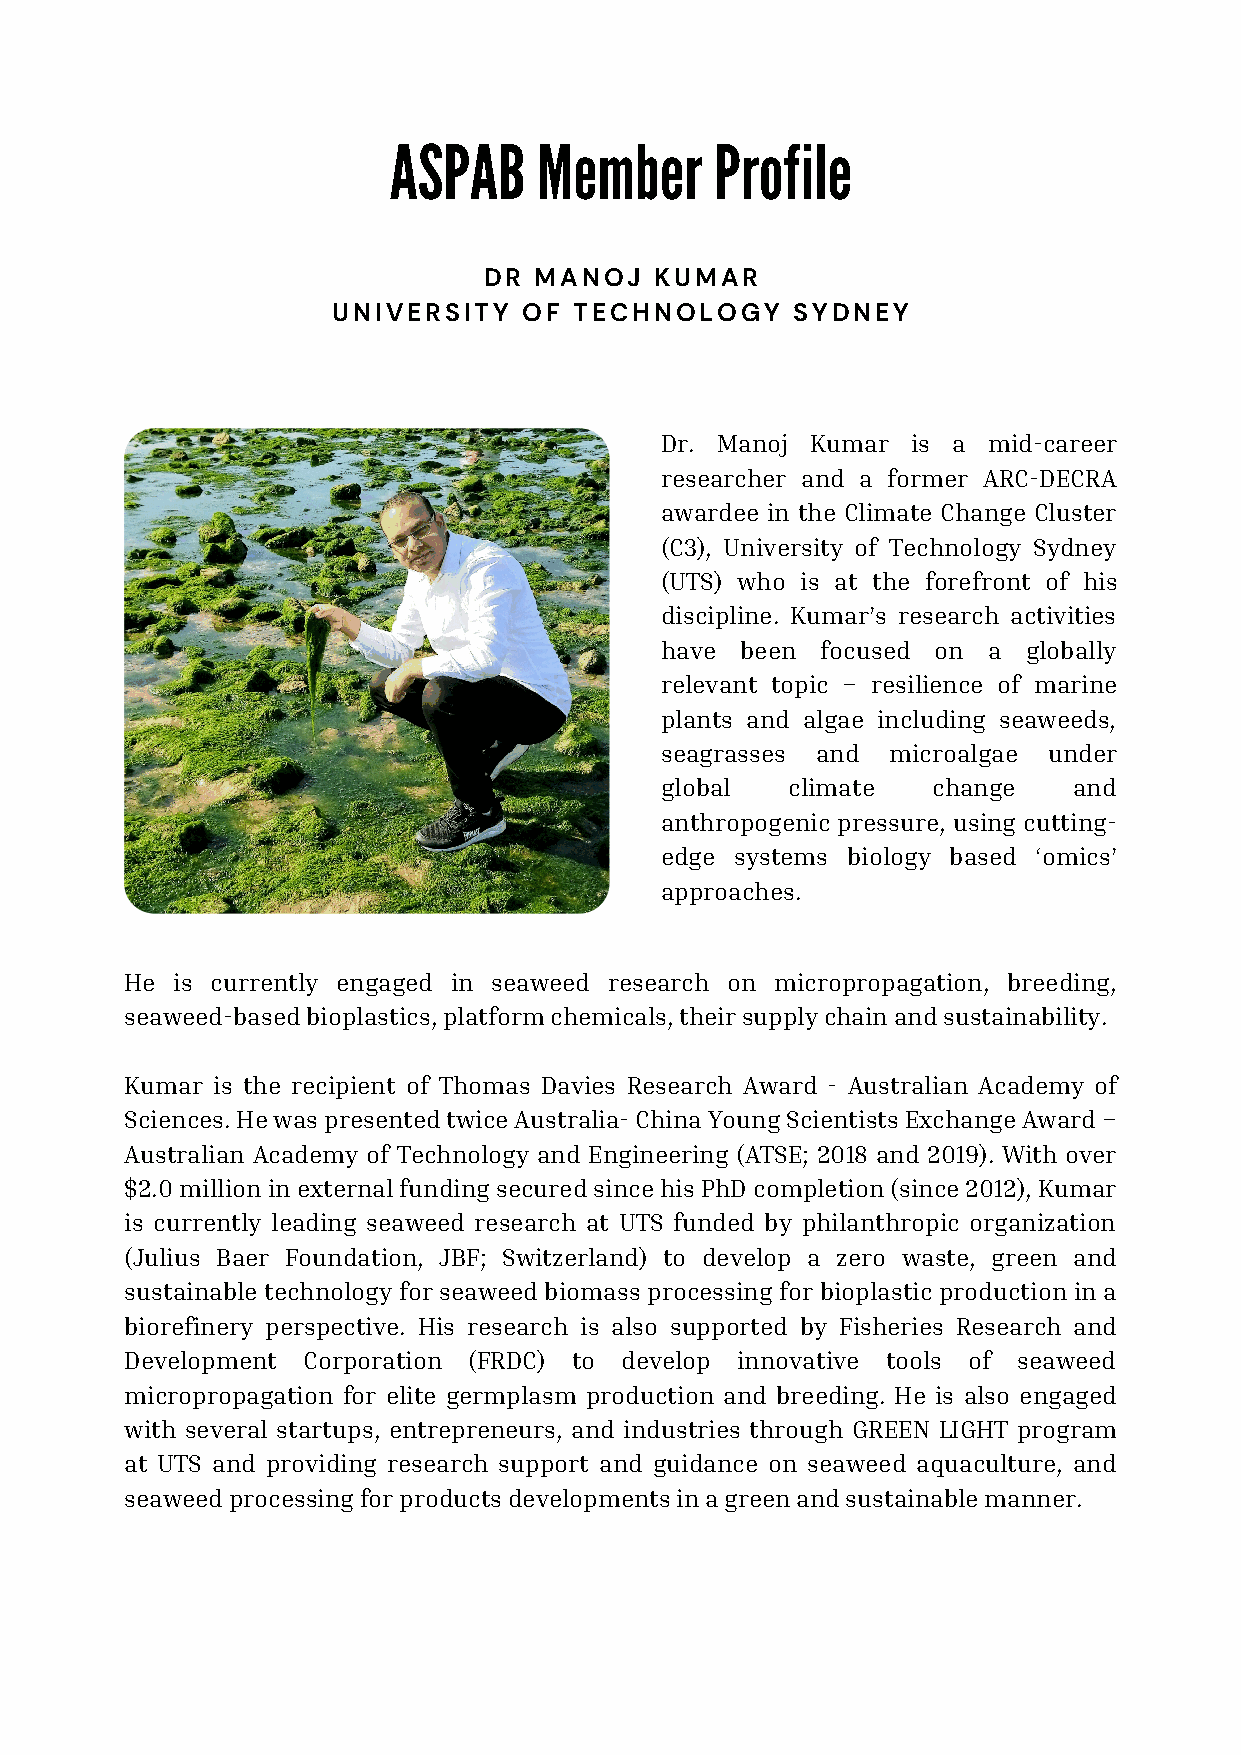
ASPAB     Member     Profile
 DR MANOJ   KUMAR
 UNIVERSITY   OF TECHNOLOGY     SYDNEY
 Dr. Manoj Kumar is a mid-career
 researcher and a former ARC-DECRA
 awardee in the Climate Change Cluster
 (C3), University of Technology Sydney
 (UTS) who is at the forefront of his
 discipline. Kumar’s research activities
 have been focused on a  globally
 relevant topic – resilience of marine
 plants and algae including seaweeds,
 seagrasses and microalgae under
 global  climate   change   and
 anthropogenic pressure, using cutting-
 edge systems biology based ‘omics’
 approaches.
 He is currently engaged in seaweed research on micropropagation, breeding,
 seaweed-based bioplastics, platform chemicals, their supply chain and sustainability.
 Kumar is the recipient of Thomas Davies Research Award - Australian Academy of
 Sciences. He was presented twice Australia- China Young Scientists Exchange Award –
 Australian Academy of Technology and Engineering (ATSE; 2018 and 2019). With over
 $2.0 million in external funding secured since his PhD completion (since 2012), Kumar
 is currently leading seaweed research at UTS funded by philanthropic organization
 (Julius Baer Foundation, JBF; Switzerland) to develop a zero waste, green and
 sustainable technology for seaweed biomass processing for bioplastic production in a
 biorefinery perspective. His research is also supported by Fisheries Research and
 Development Corporation (FRDC) to develop innovative tools of seaweed
 micropropagation for elite germplasm production and breeding. He is also engaged
 with several startups, entrepreneurs, and industries through GREEN LIGHT program
 at UTS and providing research support and guidance on seaweed aquaculture, and
 seaweed processing for products developments in a green and sustainable manner.